Annual returns of the Patna Lunatic Asylum at Bankipore in Bihar and Orissa - 1912-1924
Year: 1912
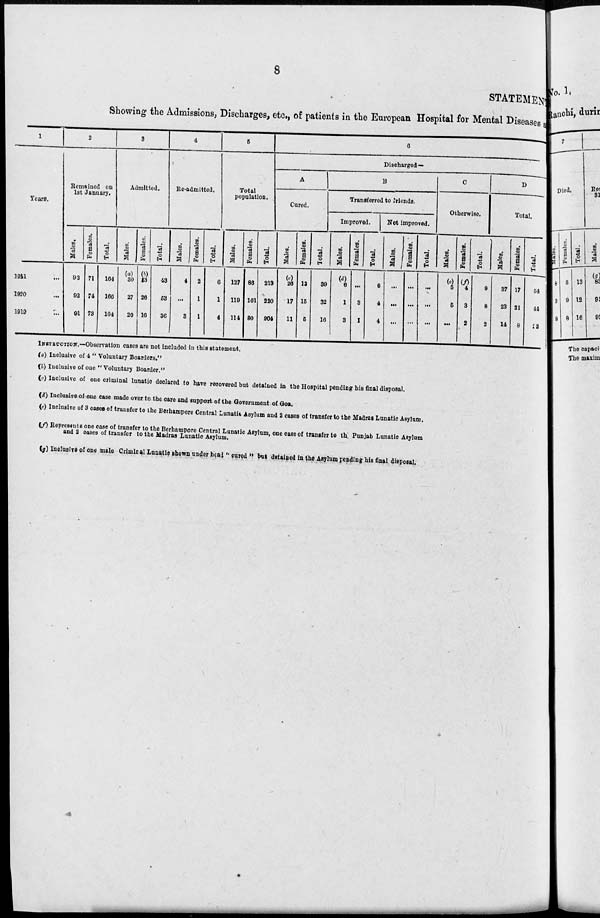
8
STATEMENT
Showing the Admissions, Discharges, etc., of patients in the European Hospital for Mental Diseases al
1
Years.
1921 ...
1920 ...
1919 ...
2
Remained on
1st January.
Males.
93
92
91
Females.
71
74
73
Total.
164
166
164
3
Admitted.
Males.
(a)
30
27
20
Females.
(b)
13
26
16
Total.
43
53
36
4
Re-admitted.
Males.
4
...
3
Females.
2
1
1
Total.
6
1
4
5
Total
population.
Males.
127
119
114
Females.
86
101
90
Total.
213
220
204
6
Discharged—
A
Cured.
Males.
(c)
26
17
11
Females.
13
15
6
Total.
30
32
16
B
Transferred to friends.
Improved.
Not improved.
Males.
(d)
6
1
3
Females.
...
3
1
Total.
6
4
4
Males.
...
...
...
Females.'
...
...
...
Total.
...
...
...
C
Otherwise.
Males.
(e)
5
6
...
Females.
(f)
4
3
2
Total.
9
8
2
D
Total.
Males.
37
23
14
Females.
17
21
8
Total.
54
44
22
INSTRUCTION.—Observation cases are not included in this statement.
(a) Inclusive of 4 " Voluntary Boarders."
(b) Inclusive of one " Voluntary Boarder."
(c) Inclusive of one criminal lunatic declared to have recovered but detained in the Hospital pending his final disposal.
(d) Inclusive of one case made over to the care and support of the Government of Goa.
(e) Inclusive of 3 cases of transfer to the Berhampore Central Lunatic Asylum and 2 cases of transfer to the Madras Lunatic Asylum.
(f) Represents one case of transfer to the Berhampore Central Lunatic Asylum, one case of transfer to the Punjab Lunatic Asylum
and 2 cases of transfer to the Madras Lunatic Asylum.
(g) Inclusive of one male Criminal Lunatic shown under head " cured " but detained in the Asylum pending his final disposal.